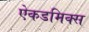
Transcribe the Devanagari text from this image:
ऐकडमिक्स